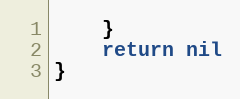
Language: Go
	}
	return nil
}